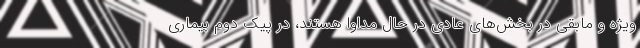
ویژه و مابقی در بخش‌های عادی در حال مداوا هستند، در پیک دوم بیماری